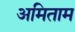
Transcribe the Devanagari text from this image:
अमिताम